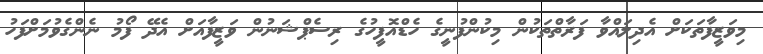
މިވަޒީފާތަކަށް އެދިލައްވާ ފަރާތްތަކުން މިކުންފުނީގެ ހެޑްއޮފީހުގެ ރިސެޕްޝަނުން ވަޒީފާއަށް އެދޭ ފޯމު ނެންގެވުމަށްފަހު